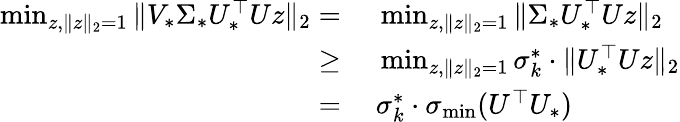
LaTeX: \begin{array}{rl}{\operatorname*{min}_{z,\| z\| _{2}=1}\| V_{*}\Sigma_{*}U_{*}^{\top}Uz\| _{2}=}&{~\operatorname*{min}_{z,\| z\| _{2}=1}\| \Sigma_{*}U_{*}^{\top}Uz\| _{2}}\\ {\geq}&{~\operatorname*{min}_{z,\| z\| _{2}=1}\sigma_{k}^{*}\cdot\| U_{*}^{\top}Uz\| _{2}}\\ {=}&{~\sigma_{k}^{*}\cdot\sigma_{\operatorname*{min}}(U^{\top}U_{*})}\end{array}